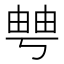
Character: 𤲀